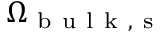
\Omega _ { \mathrm { ~ b ~ u ~ l ~ k ~ , ~ s ~ } }